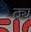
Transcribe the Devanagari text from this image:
ठ्य